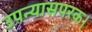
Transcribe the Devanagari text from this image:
उपन्यासपरक।